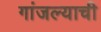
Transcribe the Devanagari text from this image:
गांजल्याची